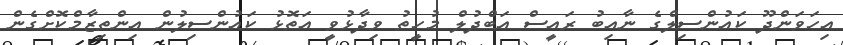
އިހަވަންދޫ ކައުންސިލްގެ ނާއިބު ރައީސް އަބްދުލް މުހީތު ވިދާޅުވީ އަތޮޅު ކައުންސިލުން އިންތިޒާމްކޮށްގެން